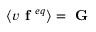
\left\langle v \textbf { f } ^ { e q } \right\rangle = \textbf { G }